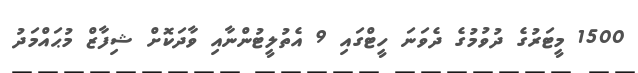
1500 މީޓަރުގެ ދުވުމުގެ ދެވަނަ ހީޓްގައި 9 އެތުލީޓުންނާއި ވާދަކޮށް ޝިފާޒް މުޙައްމަދު